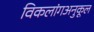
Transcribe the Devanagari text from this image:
विकलांगअनुकूल